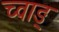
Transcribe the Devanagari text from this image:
च्वाङ्